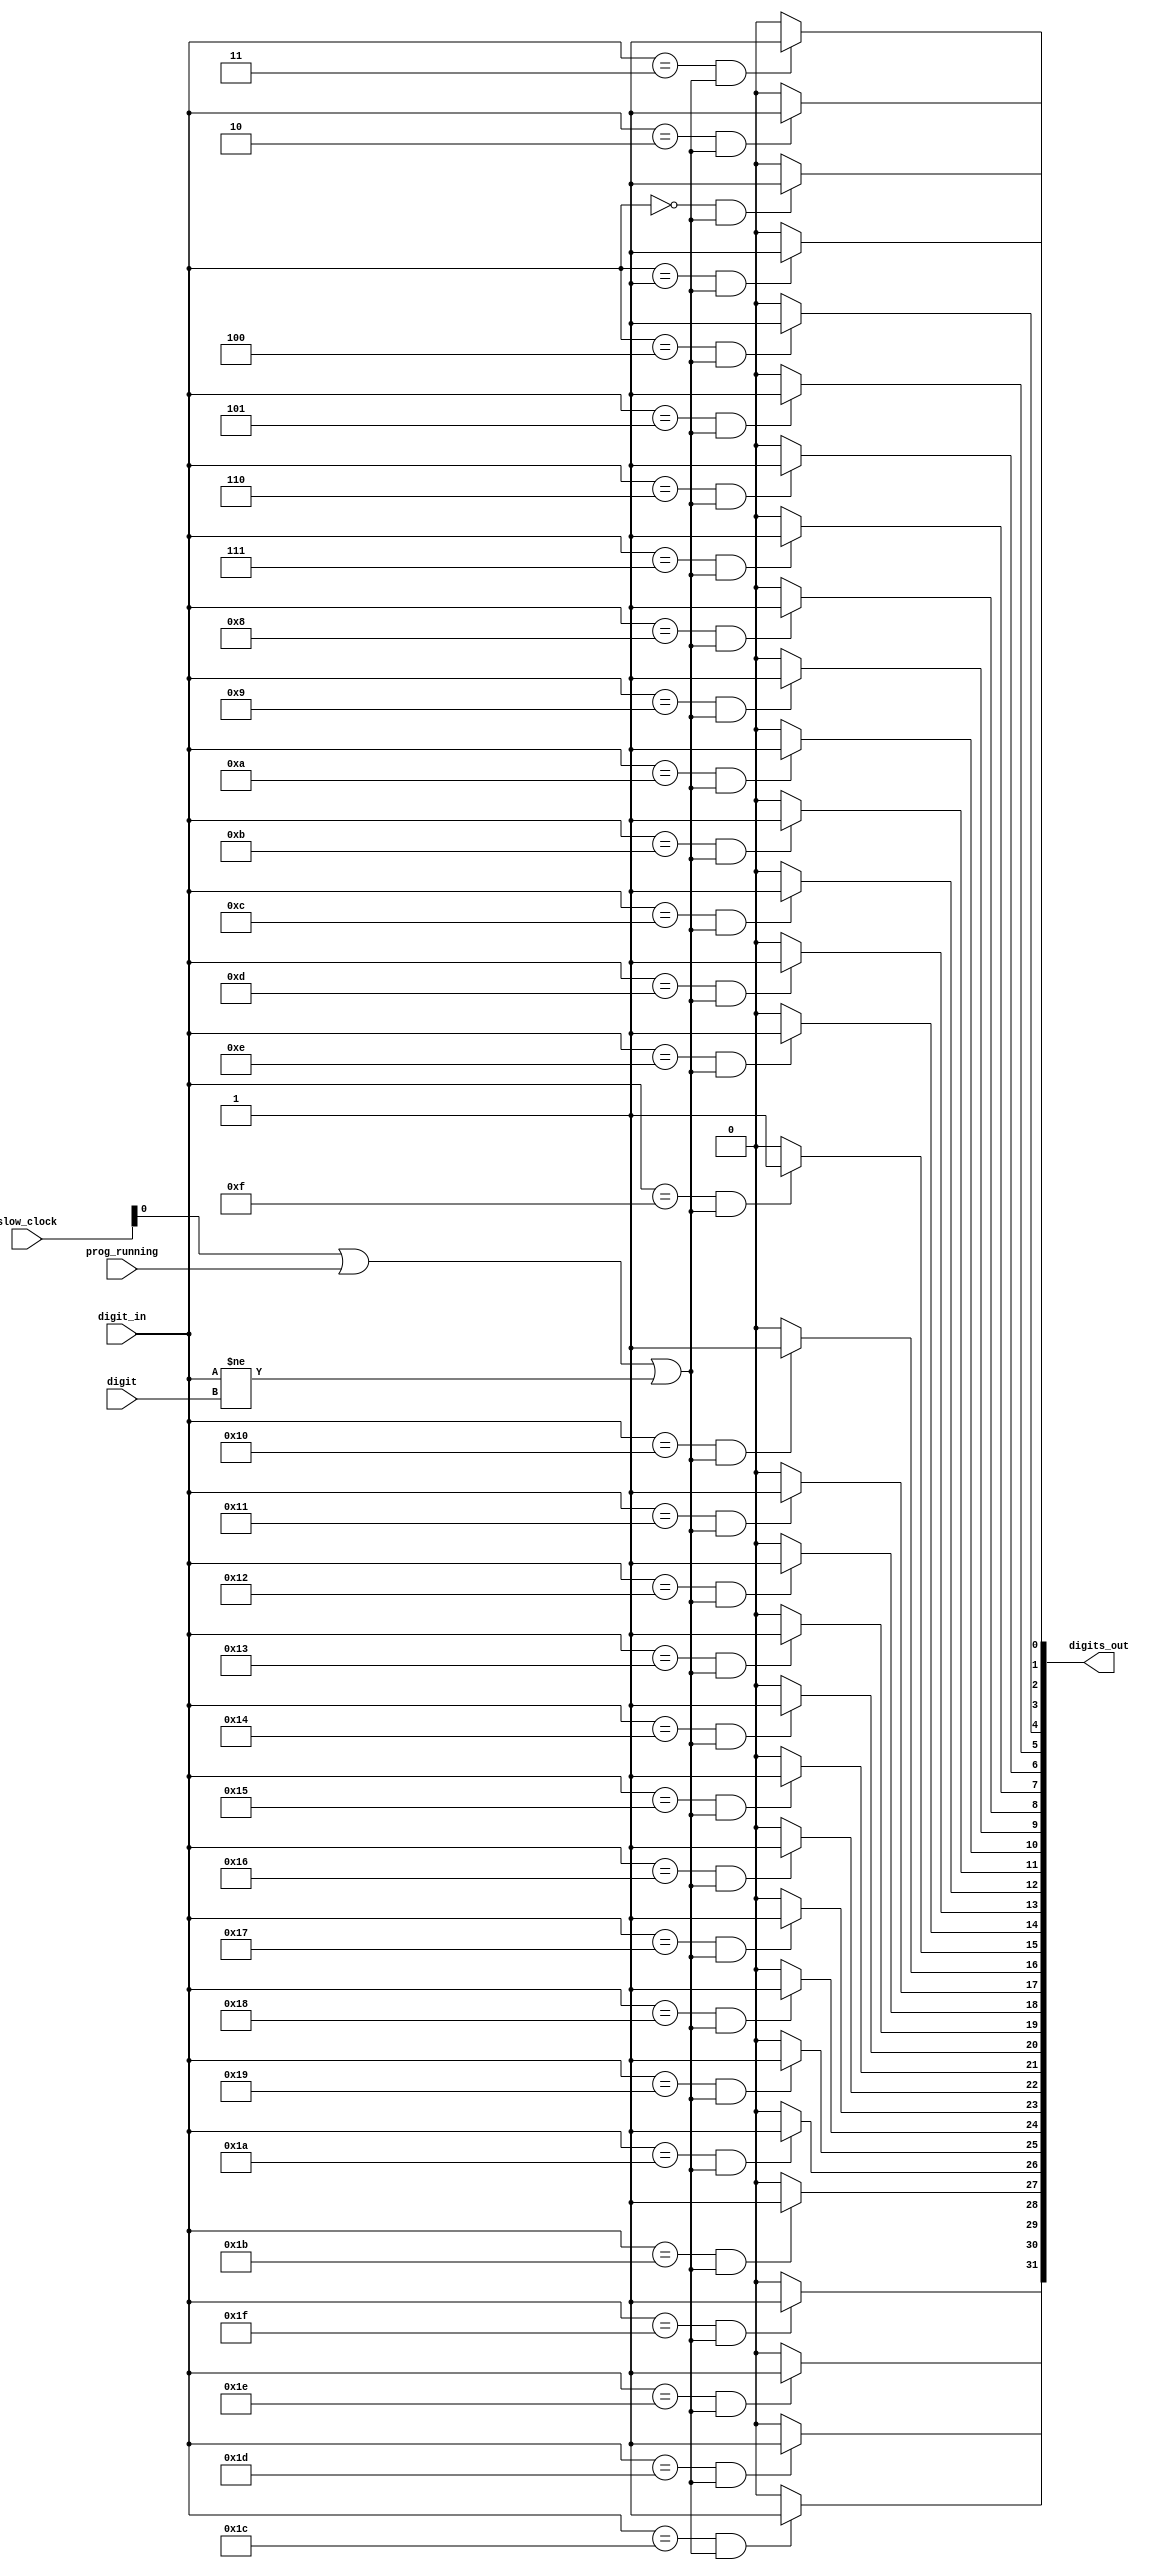
/////////////////////////////////////////////////////////////////////////////
// ui display toggle
// turns on/off the digit line for the currently selected entry.

module UIDigiFlash( prog_running, digit, slow_clock, digit_in, digits_out );
input prog_running;
input [4:0] digit;
input [31:0] slow_clock;
input [4:0]  digit_in;
output [31:0] digits_out;

wire should_blink_on = slow_clock[0] || ( prog_running == 1 ) || digit_in != digit;
assign digits_out[ 0] = digit_in == 5'd0  && should_blink_on ? 1'b1 : 1'b0;
assign digits_out[ 1] = digit_in == 5'd1  && should_blink_on ? 1'b1 : 1'b0;
assign digits_out[ 2] = digit_in == 5'd2  && should_blink_on ? 1'b1 : 1'b0;
assign digits_out[ 3] = digit_in == 5'd3  && should_blink_on ? 1'b1 : 1'b0;
assign digits_out[ 4] = digit_in == 5'd4  && should_blink_on ? 1'b1 : 1'b0;
assign digits_out[ 5] = digit_in == 5'd5  && should_blink_on ? 1'b1 : 1'b0;
assign digits_out[ 6] = digit_in == 5'd6  && should_blink_on ? 1'b1 : 1'b0;
assign digits_out[ 7] = digit_in == 5'd7  && should_blink_on ? 1'b1 : 1'b0;
assign digits_out[ 8] = digit_in == 5'd8  && should_blink_on ? 1'b1 : 1'b0;
assign digits_out[ 9] = digit_in == 5'd9  && should_blink_on ? 1'b1 : 1'b0;

assign digits_out[10] = digit_in == 5'd10  && should_blink_on ? 1'b1 : 1'b0;
assign digits_out[11] = digit_in == 5'd11  && should_blink_on ? 1'b1 : 1'b0;
assign digits_out[12] = digit_in == 5'd12  && should_blink_on ? 1'b1 : 1'b0;
assign digits_out[13] = digit_in == 5'd13  && should_blink_on ? 1'b1 : 1'b0;
assign digits_out[14] = digit_in == 5'd14  && should_blink_on ? 1'b1 : 1'b0;
assign digits_out[15] = digit_in == 5'd15  && should_blink_on ? 1'b1 : 1'b0;
assign digits_out[16] = digit_in == 5'd16  && should_blink_on ? 1'b1 : 1'b0;
assign digits_out[17] = digit_in == 5'd17  && should_blink_on ? 1'b1 : 1'b0;
assign digits_out[18] = digit_in == 5'd18  && should_blink_on ? 1'b1 : 1'b0;
assign digits_out[19] = digit_in == 5'd19  && should_blink_on ? 1'b1 : 1'b0;

assign digits_out[20] = digit_in == 5'd20  && should_blink_on ? 1'b1 : 1'b0;
assign digits_out[21] = digit_in == 5'd21  && should_blink_on ? 1'b1 : 1'b0;
assign digits_out[22] = digit_in == 5'd22  && should_blink_on ? 1'b1 : 1'b0;
assign digits_out[23] = digit_in == 5'd23  && should_blink_on ? 1'b1 : 1'b0;
assign digits_out[24] = digit_in == 5'd24  && should_blink_on ? 1'b1 : 1'b0;
assign digits_out[25] = digit_in == 5'd25  && should_blink_on ? 1'b1 : 1'b0;
assign digits_out[26] = digit_in == 5'd26  && should_blink_on ? 1'b1 : 1'b0;
assign digits_out[27] = digit_in == 5'd27  && should_blink_on ? 1'b1 : 1'b0;
assign digits_out[28] = digit_in == 5'd28  && should_blink_on ? 1'b1 : 1'b0;
assign digits_out[29] = digit_in == 5'd29  && should_blink_on ? 1'b1 : 1'b0;

assign digits_out[30] = digit_in == 5'd30  && should_blink_on ? 1'b1 : 1'b0;
assign digits_out[31] = digit_in == 5'd31  && should_blink_on ? 1'b1 : 1'b0;

endmodule